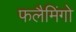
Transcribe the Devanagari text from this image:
फलैमिंगो